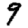
Digit: 9